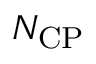
N _ { \mathrm { C P } }